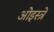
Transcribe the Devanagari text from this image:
ओइस्त्रे